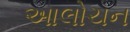
આલોચન